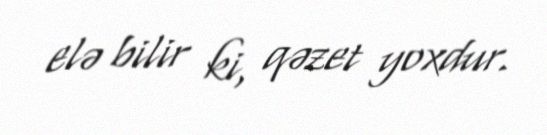
elə bilir ki, qəzet yoxdur.